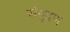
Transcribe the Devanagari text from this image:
संमुद्रण